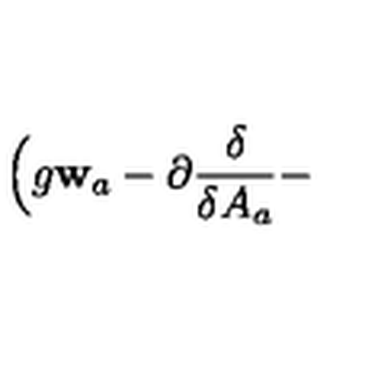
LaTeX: \Bigl ( g { \mathbf w } _ { a } - \partial { \frac { \delta } { \delta A _ { a } } } -